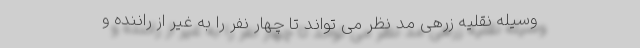
وسیله نقلیه زرهی مد نظر می تواند تا چهار نفر را به غیر از راننده و